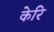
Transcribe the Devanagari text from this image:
केरि